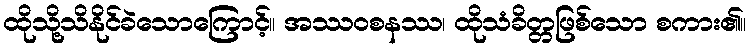
ထိုသို့သိနိုင်ခဲသောကြောင့်။ အဿဝစနဿ၊ ထိုသံခိတ္တဖြစ်သော စကား၏။